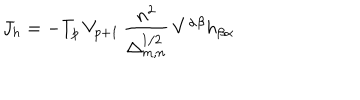
LaTeX: J _ { h } = - T _ { p } \, V _ { p + 1 } \, \frac { n ^ { 2 } } { \Delta _ { m , n } ^ { 1 / 2 } } \, V ^ { \alpha \beta } h _ { \beta \alpha }